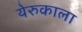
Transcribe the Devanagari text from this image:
येरुकाला